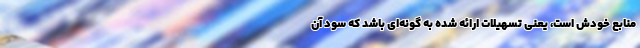
منابع خودش است، یعنی تسهیلات ارائه شده به گونه‌ای باشد که سود آن